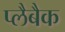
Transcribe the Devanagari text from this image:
प्लैबैक